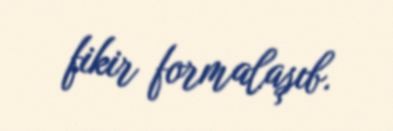
fikir formalaşıb.